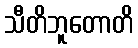
သီတိဘူတောတိ